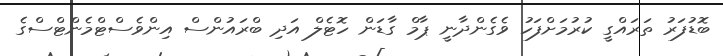
ބޮޑުފަރު ތަރައްގީ ކުރުމަށްފަހު ވެގެންދާނީ ޕާމް ގާޑަން ހޮޓެލް އަދި ބްރައުންސް އިންވެސްޓްމެންޓްސްގެ